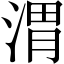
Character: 渭